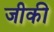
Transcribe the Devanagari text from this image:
जीकी